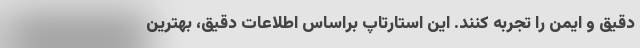
دقیق و ایمن را تجربه کنند. این استارتاپ براساس اطلاعات دقیق، بهترین